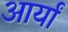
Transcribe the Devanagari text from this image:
आर्यां